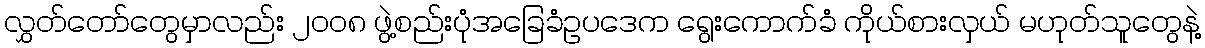
လွှတ်တော်တွေမှာလည်း ၂၀၀၈ ဖွဲ့စည်းပုံအခြေခံဥပဒေက ရွေးကောက်ခံ ကိုယ်စားလှယ် မဟုတ်သူတွေနဲ့